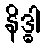
နိဒ္ဓါ